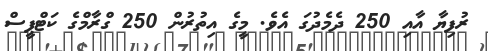
ރުފިޔާ އާއި 250 ދެމެދުގަަ އެވެ. މީގެ އިތުރުން 250 ގްްރާމްގެ ކަޓްޕީސް